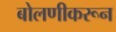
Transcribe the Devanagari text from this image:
बोलणीकरून